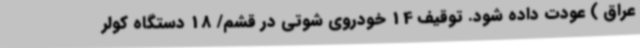
عراق ) عودت داده شود. توقیف 14 خودروی شوتی در قشم/ 18 دستگاه کولر